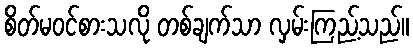
စိတ်မဝင်စားသလို တစ်ချက်သာ လှမ်းကြည့်သည်။